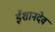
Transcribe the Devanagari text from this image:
ईशानदेव